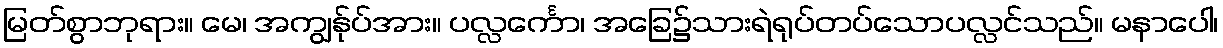
မြတ်စွာဘုရား။ မေ၊ အကျွန်ုပ်အား။ ပလ္လင်္ကော၊ အခြေ၌သားရဲရုပ်တပ်သောပလ္လင်သည်။ မနာပေါ၊